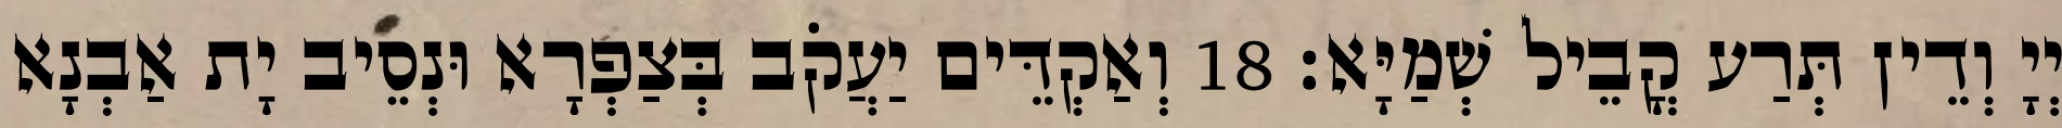
יְיָ וְדֵין תְּרַע קֳבֵיל שְׁמַיָּא׃ 18 וְאַקְדֵּים יַעֲקֹב בְּצַפְרָא וּנְסֵיב יָת אַבְנָא